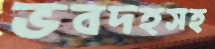
ভবদহসহ